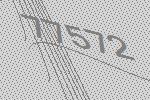
77572